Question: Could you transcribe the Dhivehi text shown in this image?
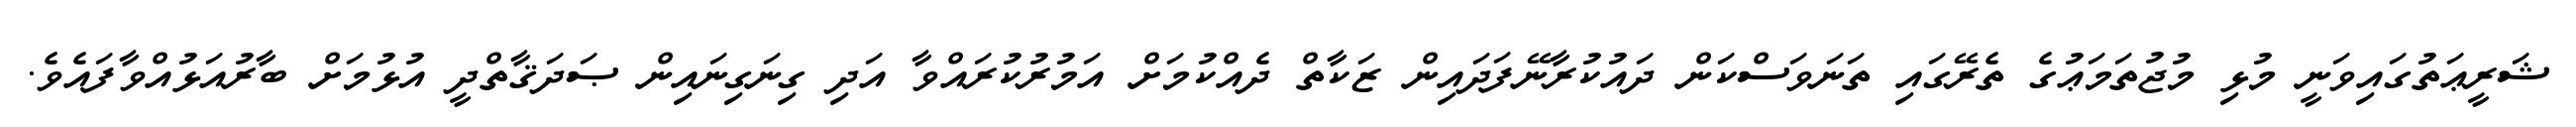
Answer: ޝަރީޢަތުގައިވަނީ މުޅި މުޖުތަމަޢުގެ ތެރޭގައި ތަނަވަސްކަން ދައުކުރާނޭފަދައިން ޒަކާތް ދެއްކުމަށް އަމުރުކުރައްވާ އަދި ގިނަގިނައިން ޞަދަޤާތްދީ އުޅުމަށް ބާރުއަޅުއްވާފައެވެ.